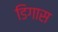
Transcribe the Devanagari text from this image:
डिगास